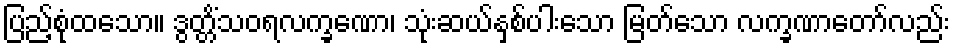
ပြည့်စုံထသော။ ဒွတ္တိံသဝရလက္ခဏော၊ သုံးဆယ်နှစ်ပါးသော မြတ်သော လက္ခဏာတော်လည်း